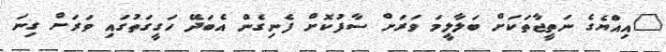
"އިއްޔެގެ ނަތީޖާތަކަށް ބަލާލީމަ ވަރަށް ސާފުކޮށް ފެނިގެން އެބަދޭ ހަގީގަތުގައި ވަރަށް ގިނަ